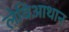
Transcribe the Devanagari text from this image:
लेविआथान